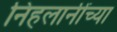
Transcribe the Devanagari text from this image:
निहलानींच्या